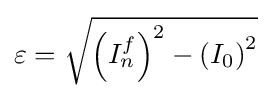
\varepsilon ={\sqrt {\left(I_{n}^{f}\right)^{2}-\left(I_{0}\right)^{2}}}